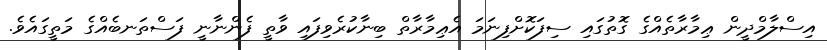
އިސްލާމްދީން ޢިމާރާތެއްގެ ގޮތުގައި ސިފަކޮށްފިނަމަ އެޢިމާރާތް ބިނާކުރެވިފައި ވާތީ ފެންނާނީ ފަސްތަނބެއްގެ މަތީގައެވެ.